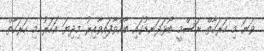
ވަނަ މި ހަރަކާތް ރަސްމީ ބޯޅަދަނޑުގައި ބާއްވާފައިވާއިރު މިދިޔަ އަހަރު މި ހަރަކާތް